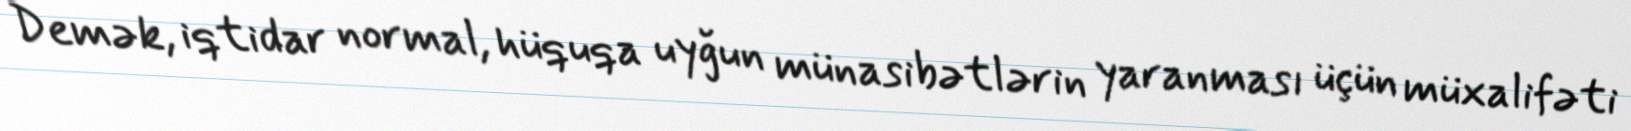
Demək, iqtidar normal, hüquqa uyğun münasibətlərin yaranması üçün müxalifəti